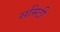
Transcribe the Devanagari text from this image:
समिटी